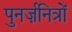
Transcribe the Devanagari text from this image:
पुनर्ज़नित्रों